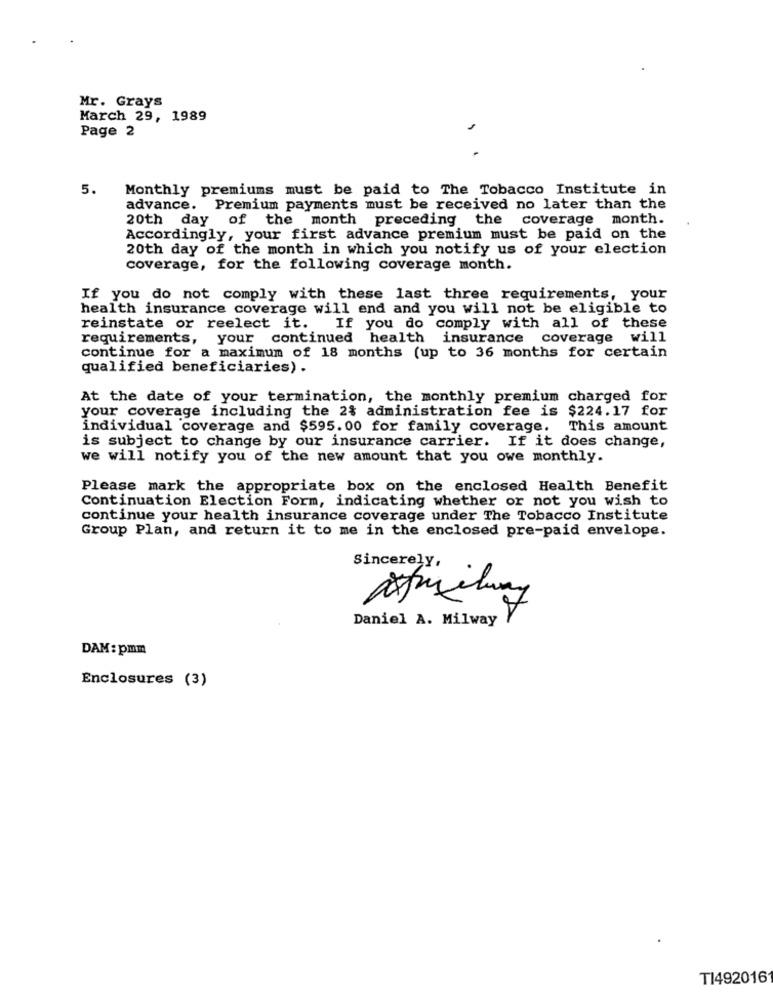
Mr. Grays
March 29, 1989
Page 2
5.
Monthly premiums must be paid to The Tobacco Institute in
advance. Premium payments must be received no later than the
20th day of the month preceding
the coverage month.
Accordingly, your first advance premium must be paid on the
20th day of the month in which you notify us of your election
coverage, for the following coverage month.
If you do not comply with these last three requirements, your
health insurance coverage will end and you will not be eligible to
reinstate or reelect it. If you do comply with all of these
requirements, your continued health insurance coverage will
continue for a maximum of 18 months (up to 36 months for certain
qualified beneficiaries) .
At the date of your termination, the monthly premium charged for
your coverage including the 2% administration fee is $224.17 for
individual coverage and $595.00 for family coverage.
This amount
is subject to change by our insurance carrier. If it does change,
we will notify you of the new amount that you owe monthly.
Please mark the appropriate box on the enclosed Health Benefit
Continuation Election Form, indicating whether or not you wish to
continue your health insurance coverage under The Tobacco Institute
Group Plan, and return it to me in the enclosed pre-paid envelope.
Sincerely,
7
Daniel A. Milway
DAM: pmm
Enclosures (3)
TI492016